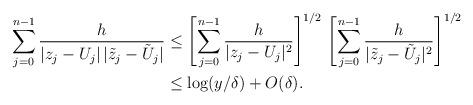
LaTeX: \begin{align*} \sum_{j=0}^{n-1}\frac{h}{|z_j - U_j| \, |\tilde z_j - \tilde U_j|} & \leq \left[ \sum_{j=0}^{n-1}\frac{h}{|z_j - U_j|^2} \right]^{1/2} \, \left[ \sum_{j=0}^{n-1}\frac{h}{| \tilde z_j - \tilde U_j|^2} \right]^{1/2} \\ & \leq \log(y/\delta) + O(\delta). \end{align*}